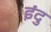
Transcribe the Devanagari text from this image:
इंदु